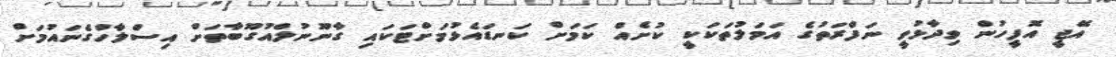
އޭޖީ އޮފީހުން ވިދާޅުވީ ނަފްރަތުގެ އަމަލުތަކަކީ ކުށެއް ކަމަށް ކަނޑައެޅުމަށްޓަކައި ގާނޫނުލްއުގޫބާތަށް އިސްލާހްގެނައުމަށް